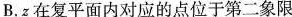
B.z在复平面内对应的点位于第二象限